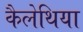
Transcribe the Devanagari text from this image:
कैलेथिया